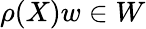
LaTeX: \rho(X)w\in W